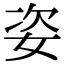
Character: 姿